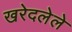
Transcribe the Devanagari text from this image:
खरेदलेले